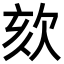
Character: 欬